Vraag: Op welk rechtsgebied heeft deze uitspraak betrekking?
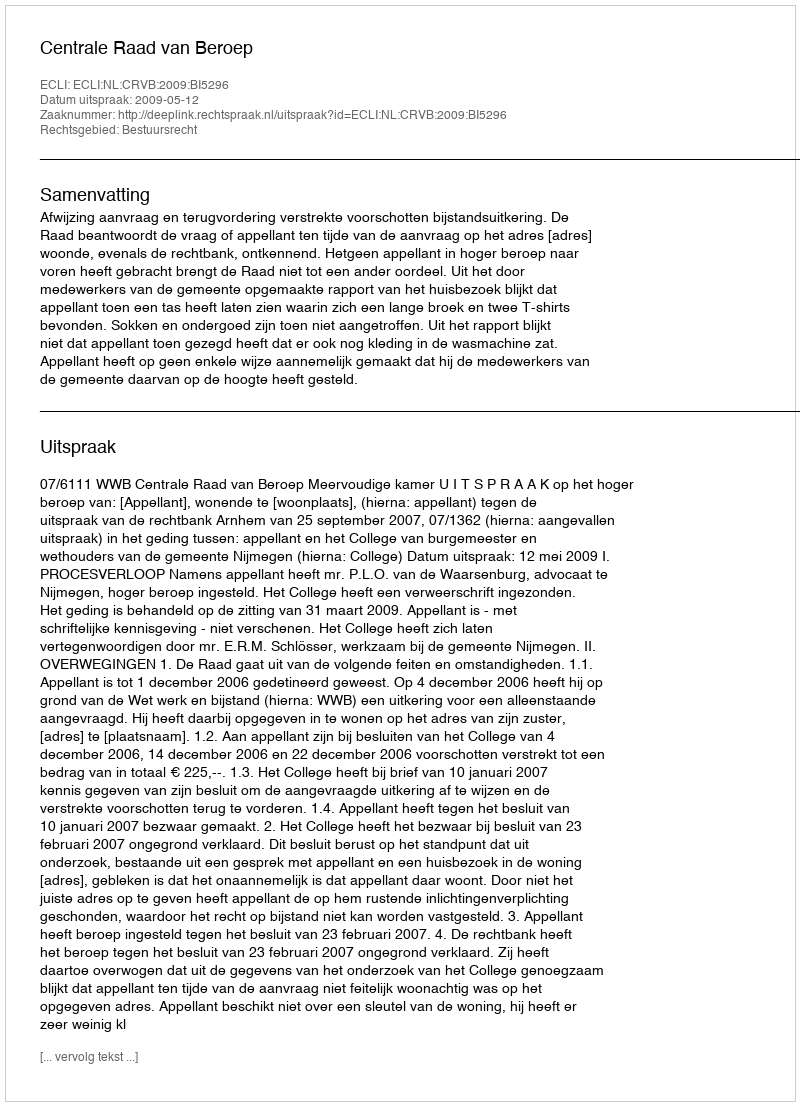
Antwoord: Bestuursrecht